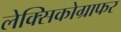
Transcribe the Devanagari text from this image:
लेक्सिकोग्राफर